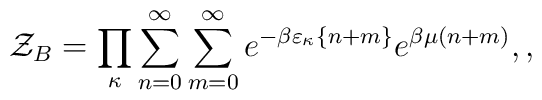
{\cal Z}_B=\prod_\kappa\sum_{n=0}^{\infty}\sum_{m=0}^{\infty}e^{-\beta\varepsilon_\kappa\{n+m\}}e^{\beta\mu(n+m)},,